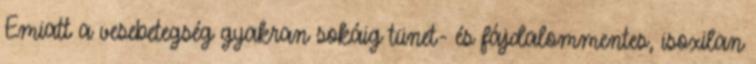
Emiatt a vesebetegség gyakran sokáig tünet- és fájdalommentes, isoxilan